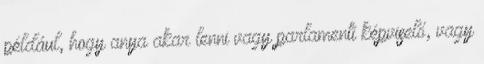
például, hogy anya akar lenni vagy parlamenti képviselő, vagy